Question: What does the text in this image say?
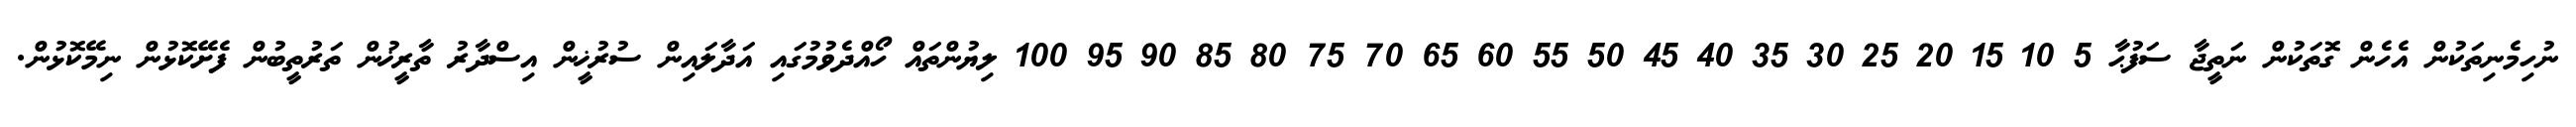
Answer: ނުހިމެނިތަކުން އެހެން ގޮތަކުން ނަތީޖާ ސަފުޙާ 5 10 15 20 25 30 35 40 45 50 55 60 65 70 75 80 85 90 95 100 ލިޔުންތައް ހޯއްދެވުމުގައި އަދާލައިން ސުރުޚީން އިސްދާރު ތާރީޚުން ތަރުތީބުން ފެށޭކޮޅުން ނިމޭކޮޅުން.